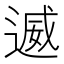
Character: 𮞩